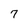
Character: 7